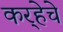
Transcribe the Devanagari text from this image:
कर्‍हेचे